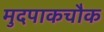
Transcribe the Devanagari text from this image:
मुदपाकचौक